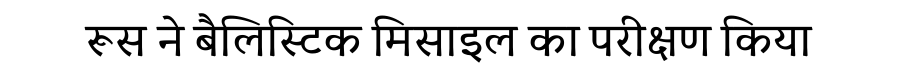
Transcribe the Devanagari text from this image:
रूस ने बैलिस्टिक मिसाइल का परीक्षण किया